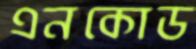
এনকোড